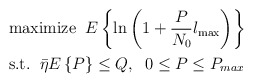
\begin{align*}{}&{} \textrm{maximize}\;\; E \left\{ \ln\left( 1 + \frac{P}{N_0} l_{\max} \right) \right\} \\&\textrm{s.t.}\;\; \bar{\eta}E\left\{ P \right\} \leq Q,\;\; 0 \leq P \leq P_{max} \end{align*}